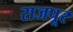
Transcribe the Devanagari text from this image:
राजपूर